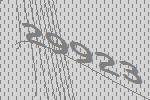
29923